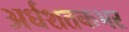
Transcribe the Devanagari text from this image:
अर्धशतकभर